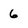
Character: 6